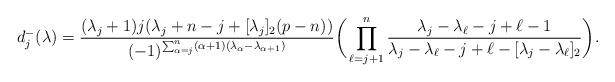
LaTeX: \begin{align*}d_{j}^-(\lambda)=\frac{(\lambda_j+1)j(\lambda_j+n-j+[\lambda_j]_2(p-n))}{(-1)^{\sum_{\alpha=j}^n(\alpha+1)(\lambda_\alpha-\lambda_{\alpha+1})}}\bigg(\prod_{\ell=j+1}^n\frac{\lambda_j-\lambda_\ell-j+\ell-1}{\lambda_j-\lambda_\ell-j+\ell-[\lambda_j-\lambda_\ell]_2}\bigg).\end{align*}